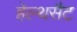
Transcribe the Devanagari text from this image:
हेल्थसैट